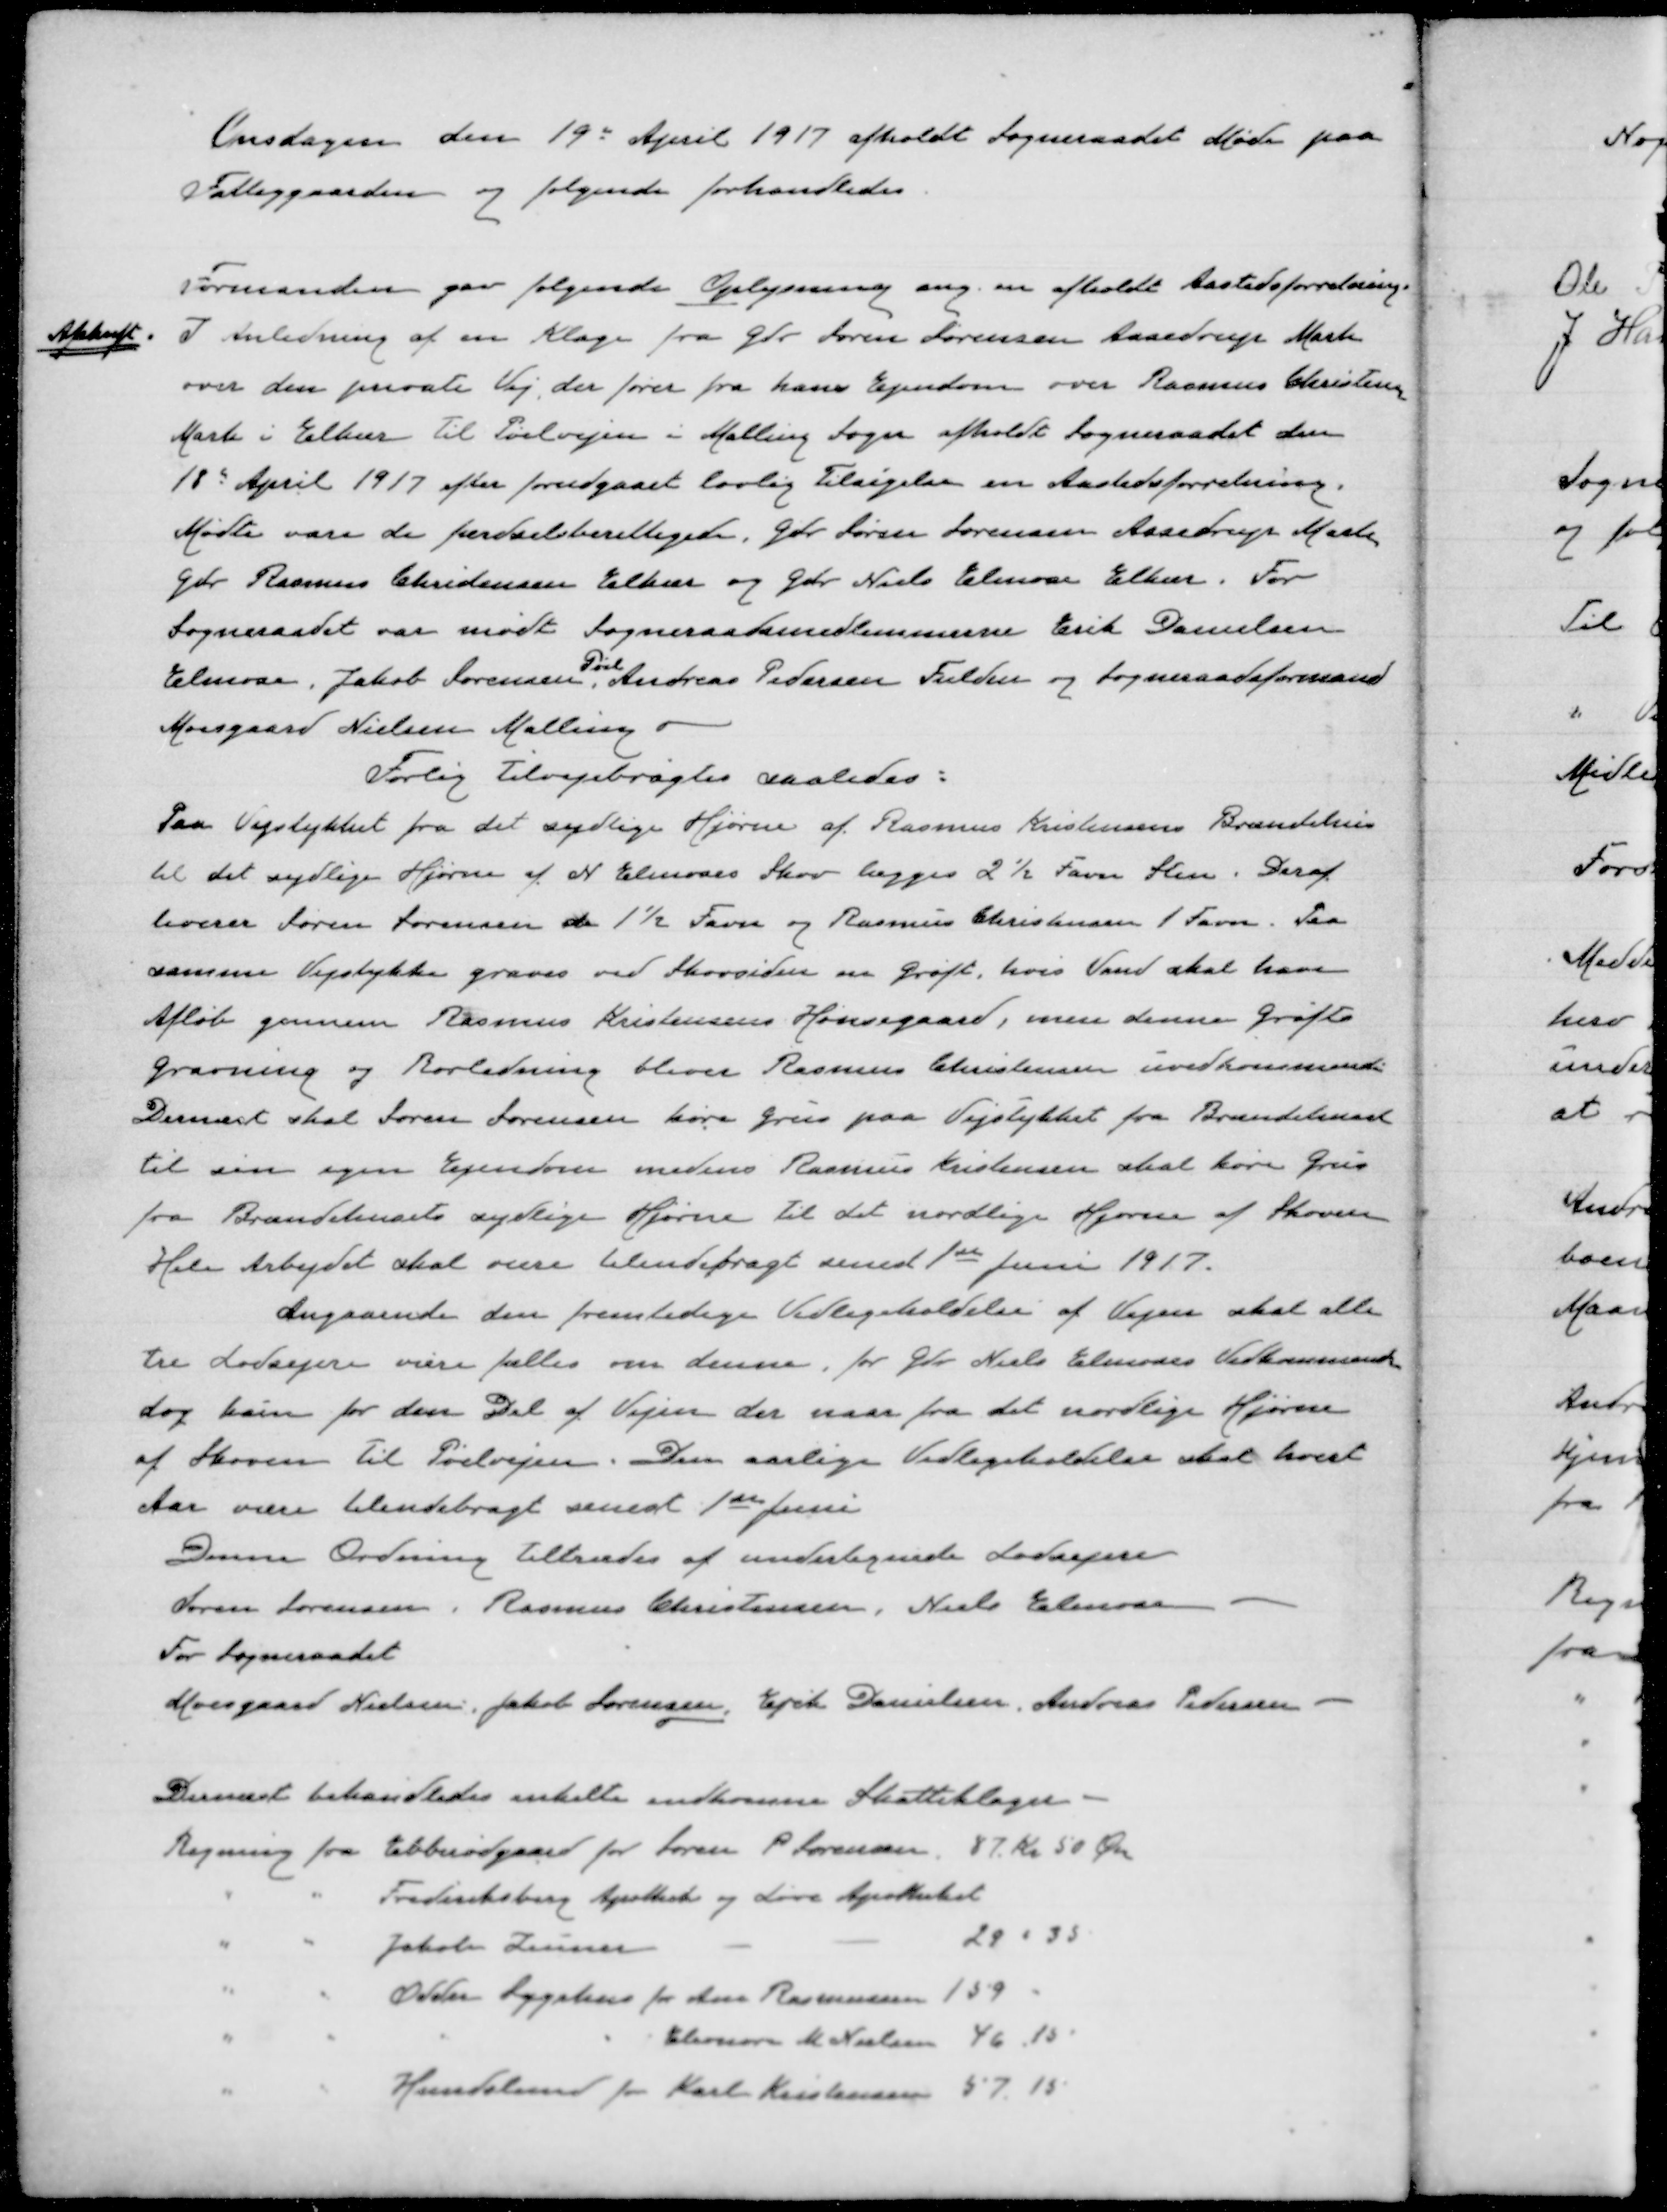
Transskription:
Onsdagen den 19 de April 1917 afholdt Sognerådet Møde paa
Fattiggaarden og følgende forhandledes

Formanden gav følgende Oplysning ang en afholdt Aastedsforretning.
I Anledning af en Klage fra Gdr Søren Sørensen Asendrup Mark
over den private Vej, der fører fra hans Ejendom over Rasmus Christensens
Mark i Elkær til Pøelvejen i Malling Sogn afholdt Sognerådet den
18de April 1917 efter forudgået lovlig Tilsigelse en Aastedsforretning.
Mødte var de færdselsberettigede, Gdr Søren Sørensen Assedrup Mark
Gdr Rasmus Christensen Elkær og Gdr Niels Elmose Elkær. For
Sognerådet var mødt Sognerådsmedlemmerne Erik Danielsen
Elmose, Jakob Sørensen
Pøel
Andreas Pedersen Fulden og Sognerådsformand
Moesgaard Nielsen Malling

Afskrift.

Forlig tilvejebragtes saaledes:
Paa Vejstykket fra det sydlige Hjørne af Rasmus Kristensens Brændehus
til det sydlige Hjørne af N. Elmoses Skov lægges 2½ Favn Sten. Deraf
leverer Søren Sørensen de 1½ Favn og Rasmus Christensen 1 Favn. Paa
samme Vejstykke graves ved Skovsiden en Grøft, hvis Vand skal have
Afløb gennem Rasmus Kristensens Hønsegaard, men denne Grøfts
Gravning og Rørledning bliver Rasmus Christensens uvedkommende.
Dernæst skal Søren Sørensen køre Grus paa Vejstykket fra Brændehuset
til sin egen Ejendom medens Rasmus Kristensen skal køre Grus
fra Brændehusets sydlige Hjørne til det nordlige Hjørne af Skoven
Hele Arbejdet skal være tilendebragt senest 1ste Juni 1917.
Angaaende den fremtidige Vedligeholdelse af Vejen skal alle
tre Lodsejere være fælles om denne, for Gdr Niels Elmoses Vedkommende
dog kun for den Del af Vejen der naar fra det nordlige Hjørne
af Skoven til Pøelvejen. Den aarlige Vedligeholdelse skal næste
Aar være tilendebragt senest 1ste Juni.

Denne Ordning tiltrædes af undertegnede Lodsejere
Søren Sørensen, Rasmus Christensen, Niels Elmose
For Sogneraadet
Moesgaard Nielsen, Jakob Sørensen, Erik Danielsen, Andreas Pedersen

Dernæst behandledes omdelte indkomne Skatteklager
Regning fra Ebberødgaard for Karen P Sørensen 87 Kr 50 Øre

"
"
Frederiksberg Apothek og Løve Apotheket
"
"
Jakob Zeuner
29 " 35
"
"
Odder Sygehus for Ane Rasmussen 159 "
"
"
"
"
Eleonora M Nielsen 46 15
"
"
Hundslund for Karl Kristensen 57 15